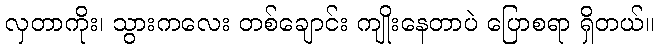
လှတာကိုး၊ သွားကလေး တစ်ချောင်း ကျိုးနေတာပဲ ပြောစရာ ရှိတယ်။